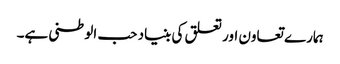
ہمارے تعاون اور تعلق کی بنیاد حب الوطنی ہے۔